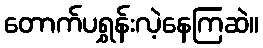
တောက်ပရွှန်းလဲ့နေကြဆဲ။